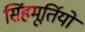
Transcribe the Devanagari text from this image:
सिंहमूर्तियों